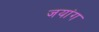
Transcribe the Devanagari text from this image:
जयांग